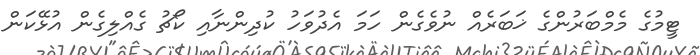
ޓީމުގެ މެމްބަރުންގެ ޚަބަރެއް ނުވެގެން ހަމަ އެދުވަހު ކުދިންނާއި ކޯޗު ގެއްލިގެން އުޅޭކަން